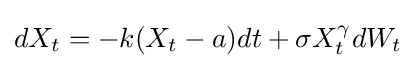
dX_{t}=-k(X_{t}-a)dt+\sigma X_{t}^{\gamma }dW_{t}